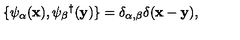
\{ \psi _ { \alpha } ( { \bf x } ) , \psi _ { \beta } { } ^ { \dagger } ( { \bf y } ) \} = \delta _ { \alpha , \beta } \delta ( { \bf x - y } ) ,